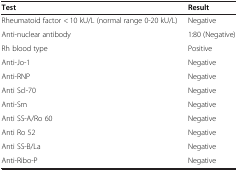
<table><thead><tr><td><b>Test</b></td><td><b>Result</b></td></tr></thead><tbody><tr><td>Rheumatoid factor &lt; 10 kU/L (normal range 0-20 kU/L)</td><td>Negative</td></tr><tr><td>Anti-nuclear antibody</td><td>1:80 (Negative)</td></tr><tr><td>Rh blood type</td><td>Positive</td></tr><tr><td>Anti-Jo-1</td><td>Negative</td></tr><tr><td>Anti-RNP</td><td>Negative</td></tr><tr><td>Anti Scl-70</td><td>Negative</td></tr><tr><td>Anti-Sm</td><td>Negative</td></tr><tr><td>Anti SS-A/Ro 60</td><td>Negative</td></tr><tr><td>Anti Ro 52</td><td>Negative</td></tr><tr><td>Anti SS-B/La</td><td>Negative</td></tr><tr><td>Anti-Ribo-P</td><td>Negative</td></tr></tbody></table>